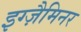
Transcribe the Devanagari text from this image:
इग्ज़ैमिनर